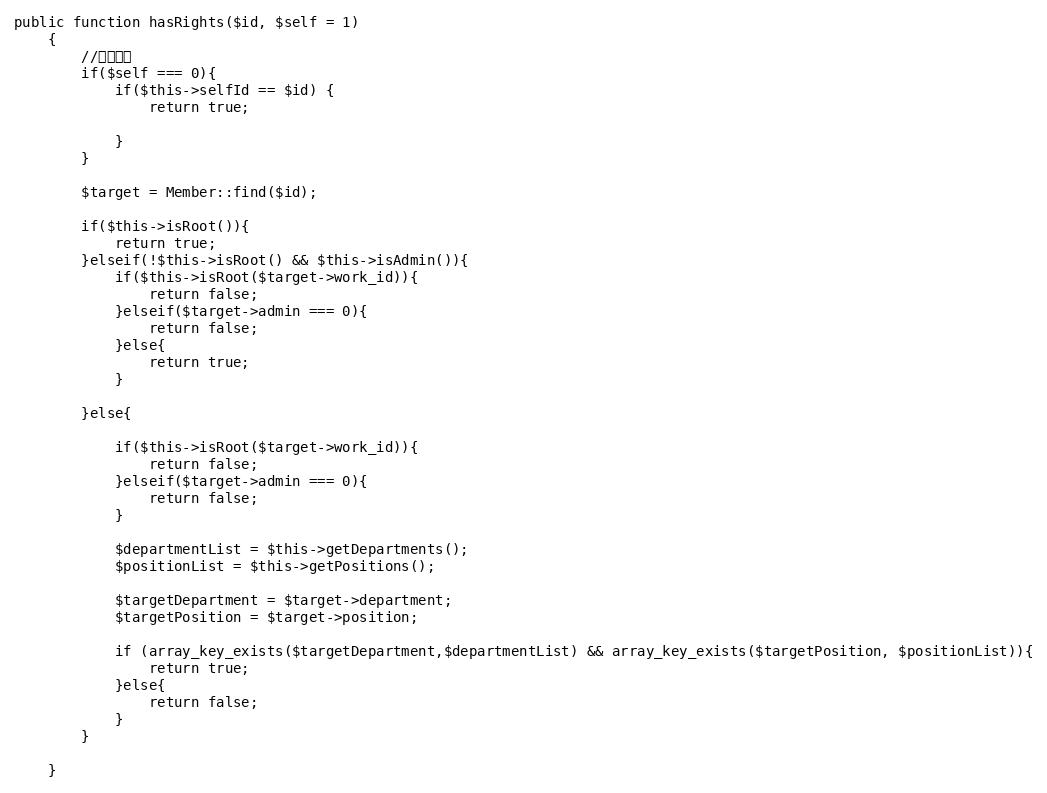
Language: PHP
public function hasRights($id, $self = 1)
	{
		//允许本人
		if($self === 0){
			if($this->selfId == $id) {
				return true;

			}
		}

		$target = Member::find($id);

		if($this->isRoot()){
			return true;
		}elseif(!$this->isRoot() && $this->isAdmin()){
			if($this->isRoot($target->work_id)){
				return false;
			}elseif($target->admin === 0){
				return false;
			}else{
				return true;
			}

		}else{

			if($this->isRoot($target->work_id)){
				return false;
			}elseif($target->admin === 0){
				return false;
			}

			$departmentList = $this->getDepartments();
			$positionList = $this->getPositions();

			$targetDepartment = $target->department;
			$targetPosition = $target->position;

			if (array_key_exists($targetDepartment,$departmentList) && array_key_exists($targetPosition, $positionList)){
			  	return true;
			}else{
			  	return false;
			}
		}

	}